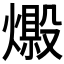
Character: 𤐘